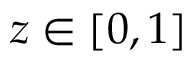
z \in [ 0 , 1 ]